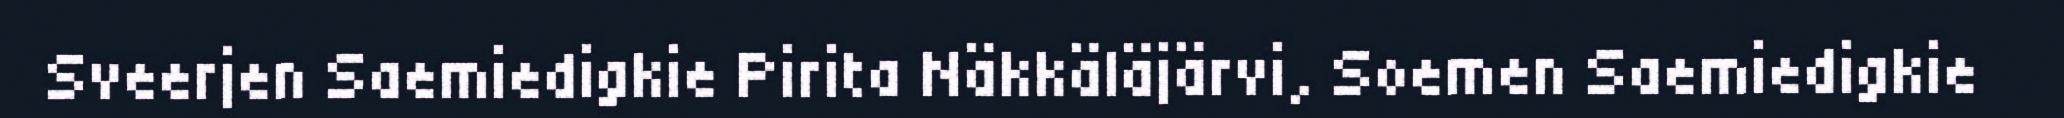
Sveerjen Saemiedigkie Pirita Näkkäläjärvi, Soemen Saemiedigkie